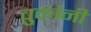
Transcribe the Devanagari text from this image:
चुकांनी